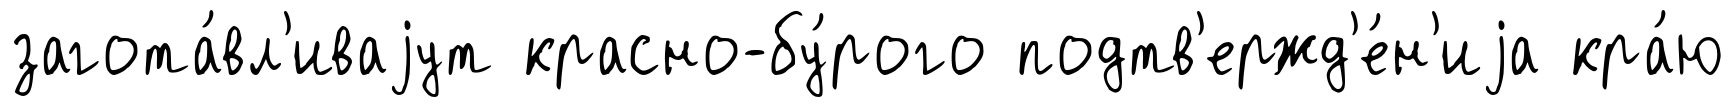
загота́вл'иваjут красно-бу́рого подтв'ержд'е́н'иjа кра́ю